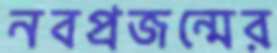
নবপ্রজন্মের